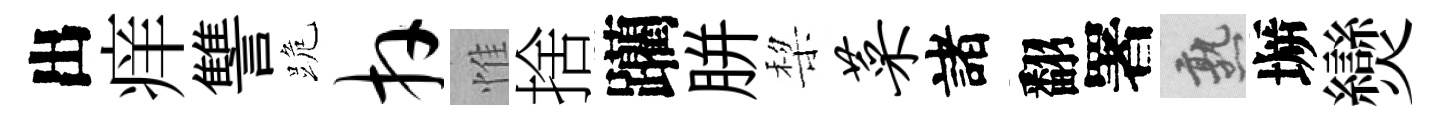
出痒讐跪卉惟捨躪胼棃菜諸翻署熟󶱲𤓖